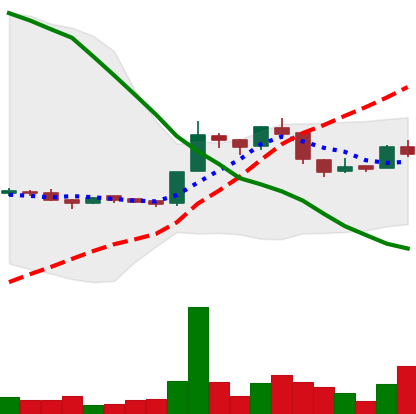
Ticker: LTC-USD
Chart end date: 2015-12-06
Forward return: 10.462%
Label: up_7plus